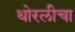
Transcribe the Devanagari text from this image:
थोरलीचा